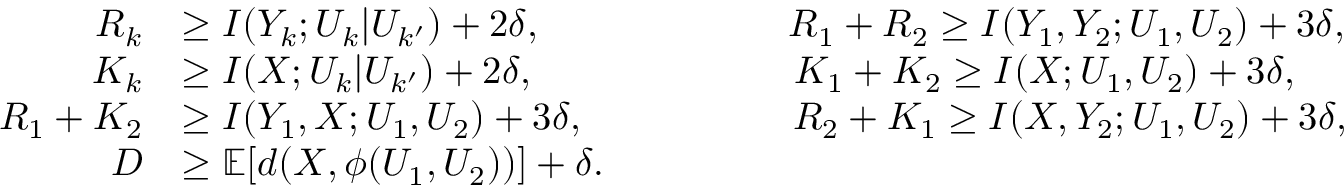
\begin{array} { r l } { R _ { k } } & { \ge I ( Y _ { k } ; U _ { k } | U _ { k ^ { \prime } } ) + 2 \delta , ~ ~ ~ ~ ~ ~ ~ ~ ~ ~ ~ ~ ~ ~ ~ ~ ~ ~ ~ R _ { 1 } + R _ { 2 } \ge I ( Y _ { 1 } , Y _ { 2 } ; U _ { 1 } , U _ { 2 } ) + 3 \delta , } \\ { K _ { k } } & { \ge I ( X ; U _ { k } | U _ { k ^ { \prime } } ) + 2 \delta , ~ ~ ~ ~ ~ ~ ~ ~ ~ ~ ~ ~ ~ ~ ~ ~ ~ ~ ~ ~ K _ { 1 } + K _ { 2 } \ge I ( X ; U _ { 1 } , U _ { 2 } ) + 3 \delta , } \\ { R _ { 1 } + K _ { 2 } } & { \ge I ( Y _ { 1 } , X ; U _ { 1 } , U _ { 2 } ) + 3 \delta , ~ ~ ~ ~ ~ ~ ~ ~ ~ ~ ~ ~ ~ ~ ~ ~ R _ { 2 } + K _ { 1 } \ge I ( X , Y _ { 2 } ; U _ { 1 } , U _ { 2 } ) + 3 \delta , } \\ { D } & { \ge \mathbb { E } [ d ( X , \phi ( U _ { 1 } , U _ { 2 } ) ) ] + \delta . } \end{array}